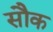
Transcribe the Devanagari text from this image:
सौक